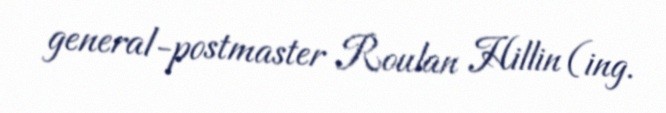
general-postmaster Roulan Hillin (ing.